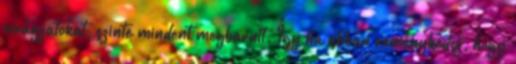
virágzatokat, szinte mindent megbarnít. Így ha abban reménykedsz, hogy